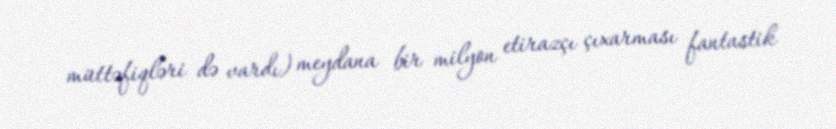
müttəfiqləri də vardı) meydana bir milyon etirazçı çıxarması fantastik